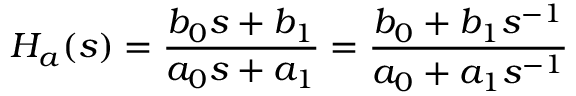
H _ { a } ( s ) = { \frac { b _ { 0 } s + b _ { 1 } } { a _ { 0 } s + a _ { 1 } } } = { \frac { b _ { 0 } + b _ { 1 } s ^ { - 1 } } { a _ { 0 } + a _ { 1 } s ^ { - 1 } } }